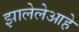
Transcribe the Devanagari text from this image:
झालेलेआहे